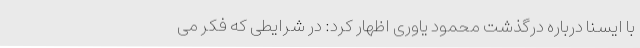
با ایسنا درباره درگذشت محمود یاوری اظهار کرد: در شرایطی که فکر می